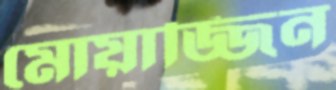
মোয়াজ্জিন